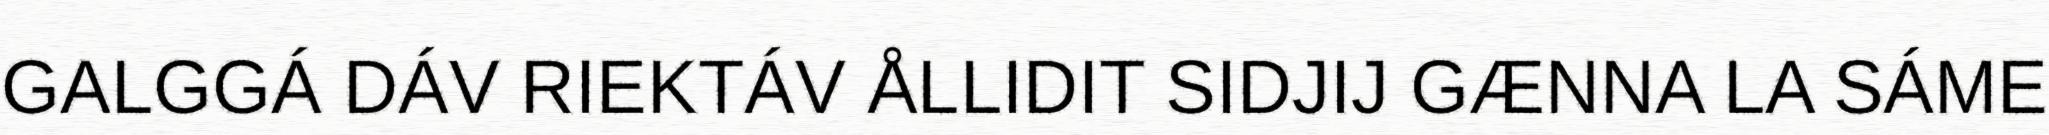
GALGGÁ DÁV RIEKTÁV ÅLLIDIT SIDJIJ GÆNNA LA SÁME